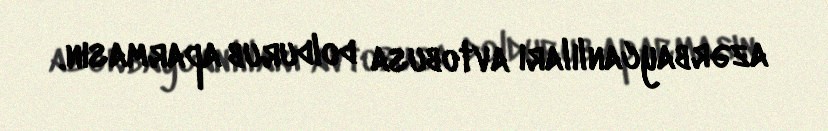
azərbaycanlıları avtobusa doldurub aparmasın.